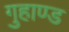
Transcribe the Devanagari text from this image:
गुहाण्ड